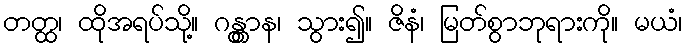
တတ္ထ၊ ထိုအရပ်သို့။ ဂန္တွာန၊ သွား၍။ ဇိနံ၊ မြတ်စွာဘုရားကို။ မယံ၊